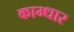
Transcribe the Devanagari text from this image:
काम्धार